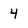
Character: 4